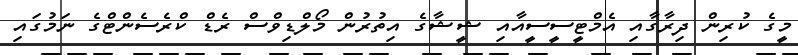
މީގެ ކުރިން ދިރާގާއި އެމްޓީސީސީއާއި ޝީޝާގެ އިތުރުން މޯލްޑިވްސް ރެޑް ކްރެސެންޓްގެ ނަމުގައި